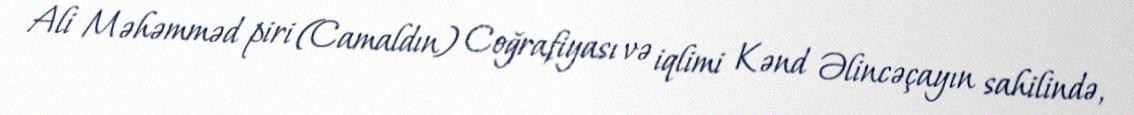
Ali Məhəmməd piri (Camaldın) Coğrafiyası və iqlimi Kənd Əlincəçayın sahilində,